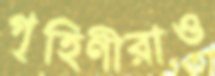
গৃহিণীরাও